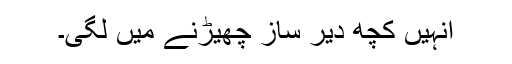
انہیں کچھ دیر ساز چھیڑنے میں لگی۔